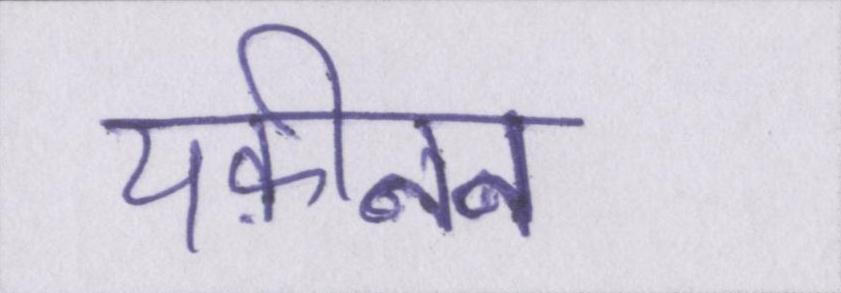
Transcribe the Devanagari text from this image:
यक़ीनन